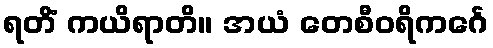
ရတိံ ကယိရာတိ။ အယံ တေစီဝရိကင်္ဂေ